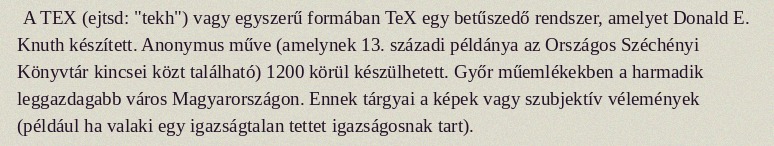
A TEX (ejtsd: "tekh") vagy egyszerű formában TeX egy betűszedő rendszer, amelyet Donald E. Knuth készített. Anonymus műve (amelynek 13. századi példánya az Országos Széchényi Könyvtár kincsei közt található) 1200 körül készülhetett. Győr műemlékekben a harmadik leggazdagabb város Magyarországon. Ennek tárgyai a képek vagy szubjektív vélemények (például ha valaki egy igazságtalan tettet igazságosnak tart).